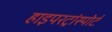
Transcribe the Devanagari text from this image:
हाइपरट्रांस्पोर्ट